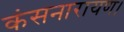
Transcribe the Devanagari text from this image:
कंसनारायण।